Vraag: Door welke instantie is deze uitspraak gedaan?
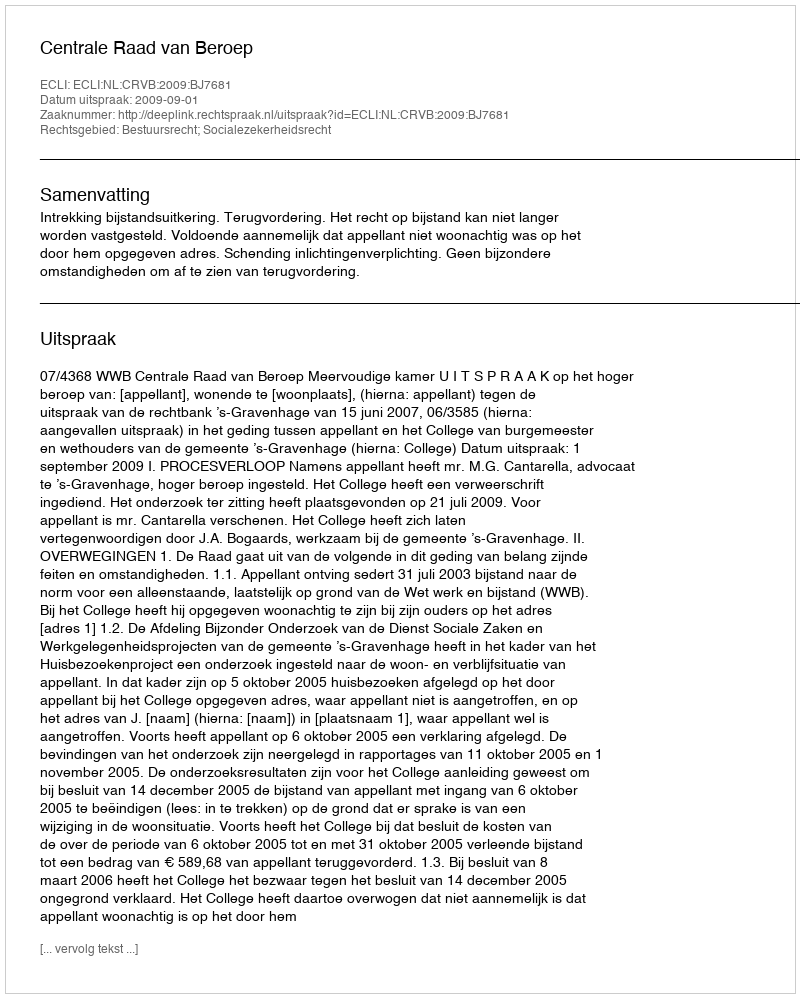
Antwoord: Centrale Raad van Beroep